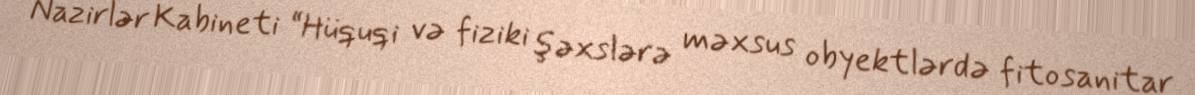
Nazirlər Kabineti “Hüquqi və fiziki şəxslərə məxsus obyektlərdə fitosanitar